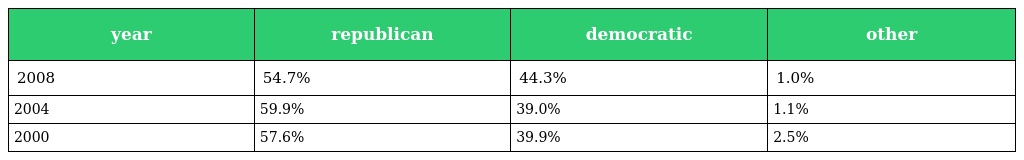
| year | republican | democratic | other |
 | --- | --- | --- | --- |
 | 2008 | 54.7% | 44.3% | 1.0% |
 | 2004 | 59.9% | 39.0% | 1.1% |
 | 2000 | 57.6% | 39.9% | 2.5% |